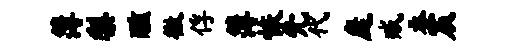
簿梨醺徵俘簿恢先代庭臧吞宸